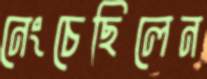
নেংচেছিলেন